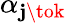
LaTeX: \alpha_{\mathbf{j}\tok}